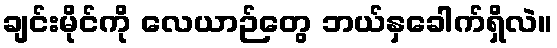
ချင်းမိုင်ကို လေယာဉ်တွေ ဘယ်နှခေါက်ရှိလဲ။